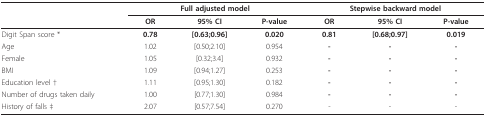
<table><thead><tr><td></td><td colspan="3"><b>Full adjusted model</b></td><td colspan="3"><b>Stepwise backward model</b></td></tr><tr><td></td><td><b>OR</b></td><td><b>95% CI</b></td><td><b>P-value</b></td><td><b>OR</b></td><td><b>95% CI</b></td><td><b>P-value</b></td></tr></thead><tbody><tr><td>Digit Span score *</td><td><b>0.78</b></td><td><b>[0.63;0.96]</b></td><td><b>0.020</b></td><td><b>0.81</b></td><td><b>[0.68;0.97]</b></td><td><b>0.019</b></td></tr><tr><td>Age</td><td>1.02</td><td>[0.50;2.10]</td><td>0.954</td><td><b>-</b></td><td><b>-</b></td><td><b>-</b></td></tr><tr><td>Female</td><td>1.05</td><td>[0.32;3.4]</td><td>0.932</td><td><b>-</b></td><td><b>-</b></td><td><b>-</b></td></tr><tr><td>BMI</td><td>1.09</td><td>[0.94;1.27]</td><td>0.253</td><td><b>-</b></td><td><b>-</b></td><td><b>-</b></td></tr><tr><td>Education level †</td><td>1.11</td><td>[0.95;1.30]</td><td>0.182</td><td><b>-</b></td><td><b>-</b></td><td><b>-</b></td></tr><tr><td>Number of drugs taken daily</td><td>1.00</td><td>[0.77;1.30]</td><td>0.984</td><td><b>-</b></td><td><b>-</b></td><td><b>-</b></td></tr><tr><td>History of falls ‡</td><td>2.07</td><td>[0.57;7.54]</td><td>0.270</td><td>-</td><td>-</td><td>-</td></tr></tbody></table>